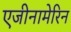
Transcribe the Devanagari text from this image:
एजीनामेरिन